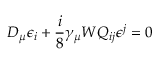
D _ { \mu } \epsilon _ { i } + \frac { i } { 8 } \gamma _ { \mu } W Q _ { i j } \epsilon ^ { j } = 0